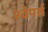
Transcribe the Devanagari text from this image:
श्वेपर्स